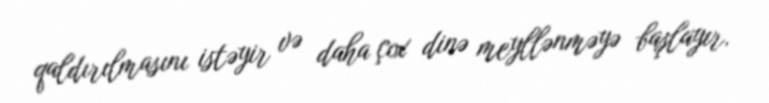
qaldırılmasını istəyir və daha çox dinə meyllənməyə başlayır.